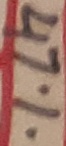
Text: 47%